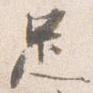
足